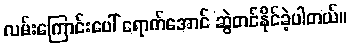
လမ်းကြောင်းပေါ် ရောက်အောင် ဆွဲတင်နိုင်ခဲ့ပါတယ်။